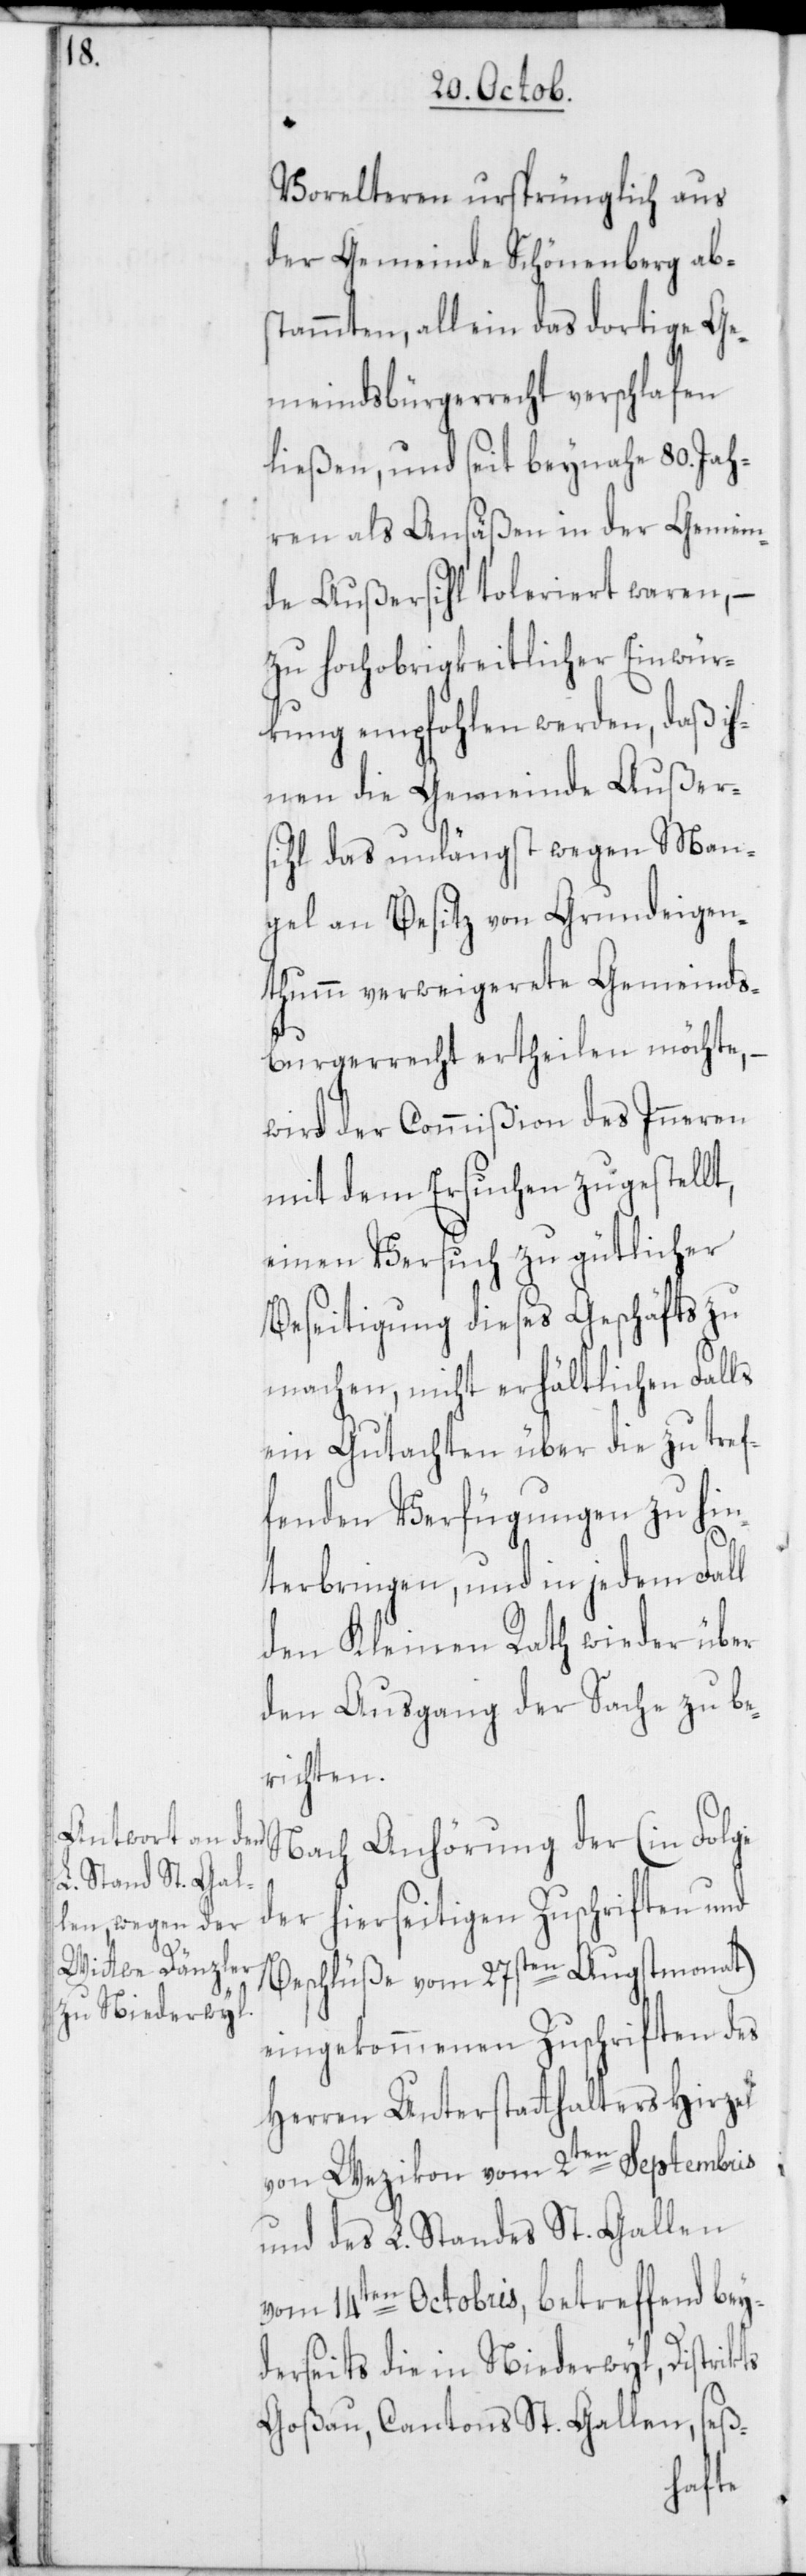
Vorelteren ursprünglich aus
der Gemeinde Schönenberg ab¬
stammten, allein das dortige Ge¬
meindsbürgerrecht verschlafen
ließen, und seit beynahe 80. Jah¬
ren als Ansäßen in der Gemein¬
de Außersihl toleriert waren, –
zu hochobrigkeitlicher Einwür¬
kung empfohlen werden, daß ih¬
nen die Gemeinde Außer¬
sihl das unlängst wegen Man¬
gel an Besitz von Grundeigen¬
thumm verweigerete Gemeinds¬
burgerrecht ertheilen möchte, –
wird der Commißion des Inneren
mit dem Ersuchen zugestellt,
einen Versuch zu gütlicher
Beseitigung dieses Geschäfts zu
machen, nicht erhältlichen Falls
ein Gutachten über die zu tref¬
fenden Verfügungen zu hin¬
terbringen, und in jedem Fall
den Kleinen Rath wieder über
den Ausgang der Sache zu be¬
richten.
Nach Anhörung der (in Folge
der hierseitigen Zuschriften und
Beschlüsse vom 27sten Augstmonat)
eingekommenen Zuschriften des
Herren Unterstatthalters Hirzel
von Wezikon vom 2ten Septembris
und des L. Standes St. Gallen
vom 14ten Octobris, betreffend bey¬
derseits die in Niederwyl, Distrikts
Goßau, Cantons St. Gallen, seß-